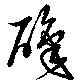
職